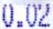
0.02